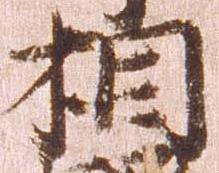
相